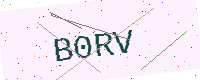
Text: B0RV